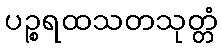
ပဉ္စရထသတသုတ္တံ